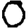
Digit: 0